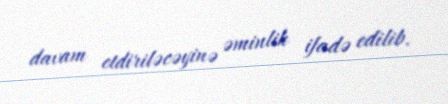
davam etdiriləcəyinə əminlik ifadə edilib.